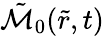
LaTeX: \tilde{\mathcal{M}}_{0}(\tilde{r},t)